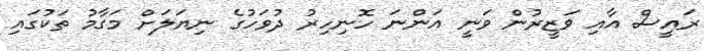
ރައީސް އާއި ވަޒީރުން ވަނީ އަންނަ ހޮނިހިރު ދުވަހުގެ ނިޔަލަށް މަގާމު ތަކުގައި